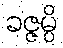
ခဇ္ဇမ္ပိ